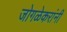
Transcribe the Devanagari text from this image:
जोगळेकरांनी